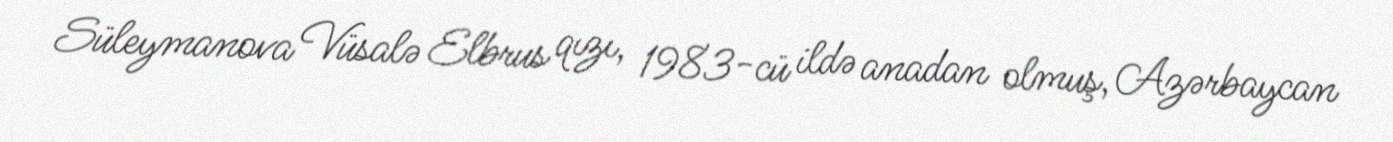
Süleymanova Vüsalə Elbrus qızı, 1983-cü ildə anadan olmuş, Azərbaycan